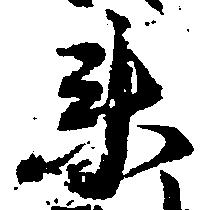
衛